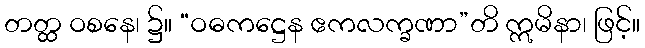
တတ္ထ ဝစနေ၊ ၌။ “ဝဓကဋ္ဌေန ဧကလက္ခဏာ”တိ ဣမိနာ၊ ဖြင့်။